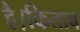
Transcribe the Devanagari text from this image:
है।किताब